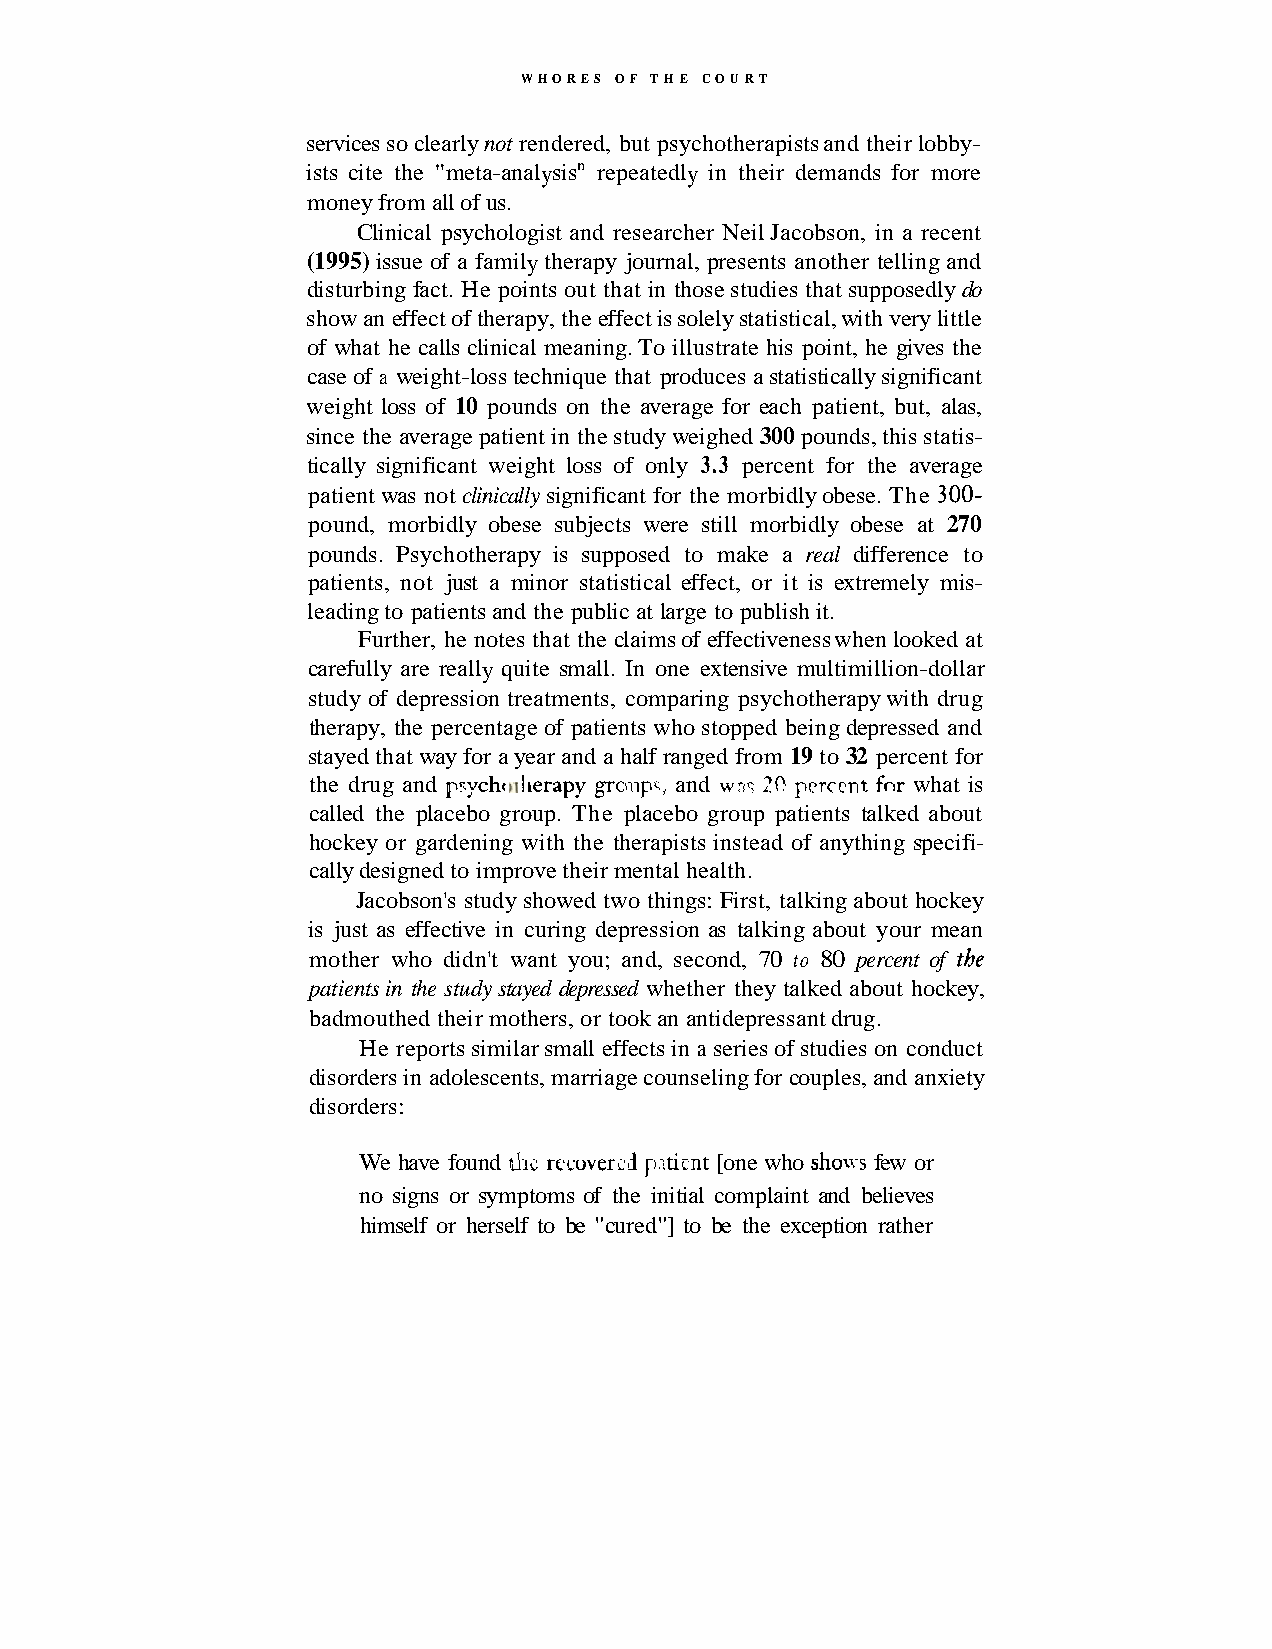
WHORES OF T H E COURT
 services so clearly not rendered, but psychotherapists and their lobby-
 ists cite the "meta-analysisn repeatedly in their demands for more
 money from all of us.
 Clinical psychologist and researcher Neil Jacobson, in a recent
 (1995) issue of a family therapy journal, presents another telling and
 disturbing fact. He points out that in those studies that supposedly do
 show an effect of therapy, the effect is solely statistical, with very little
 of what he calls clinical meaning. To illustrate his point, he gives the
 case of a weight-loss technique that produces a statistically significant
 weight loss of 10 pounds on the average for each patient, but, alas,
 since the average patient in the study weighed 300 pounds, this statis-
 tically significant weight loss of only 3.3 percent for the average
 patient was not clinically significant for the morbidly obese. The 300-
 pound, morbidly obese subjects were still morbidly obese at 270
 pounds. Psychotherapy is supposed to make a real difference to
 patients, not just a minor statistical effect, or it is extremely mis-
 leading to patients and the public at large to publish it.
 Further, he notes that the claims of effectiveness when looked at
 carefully are really quite small. In one extensive multimillion-dollar
 study of depression treatments, comparing psychotherapy with drug
 therapy, the percentage of patients who stopped being depressed and
 stayed that way for a year and a half ranged from 19 to 32 percent for
 the drug and pr.ycht ~t lierapy gronp, and wns hl! prrccnt fnr what is
 called the placebo group. The placebo group patients talked about
 hockey or gardening with the therapists instead of anything specifi-
 cally designed to improve their mental health.
 Jacobson's study showed two things: First, talking about hockey
 is just as effective in curing depression as talking about your mean
 mother who didn't want you; and, second, 70 to 80 percent of the
 patients in the study stayed depressed whether they talked about hockey,
 badmouthed their mothers, or took an antidepressant drug.
 He reports similar small effects in a series of studies on conduct
 disorders in adolescents, marriage counseling for couples, and anxiety
 disorders:
 We have found &IC rccoversd p:.tirnt [one who shov-s few or
 no signs or symptoms of the initial complaint and believes
 himself or herself to be "cured"] to be the exception rather